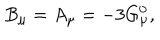
B _ { \mu } = A _ { \mu } = - 3 G _ { \mu } ^ { 0 } ,